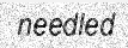
needled